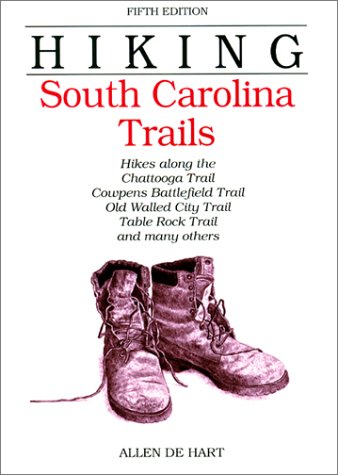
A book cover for Hiking South Carolina Trails, 5th (Regional Hiking Series); Allen de Hart; Travel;